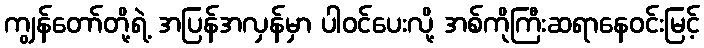
ကျွန်တော်တို့ရဲ့ အပြန်အလှန်မှာ ပါဝင်ပေးလို့ အစ်ကိုကြီးဆရာနေဝင်းမြင့်